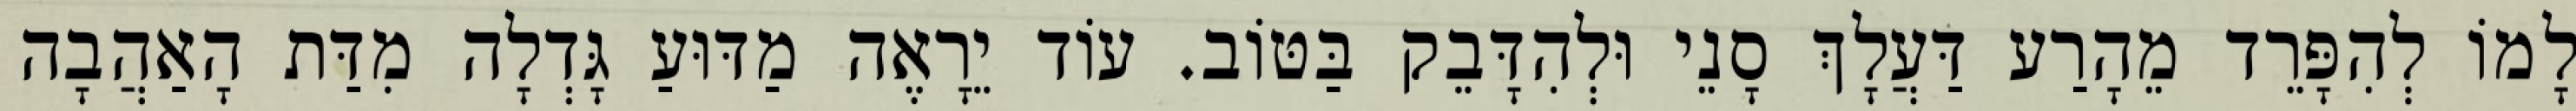
לָמוֹ לְהִפָּרֵד מֵהָרַע דַּעֲלָךְ סָנֵי וּלְהִדָּבֵק בַּטּוֹב. עוֹד יֵרָאֶה מַדּוּעַ גָּדְלָה מִדַּת הָאַהֲבָה